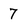
Character: 7